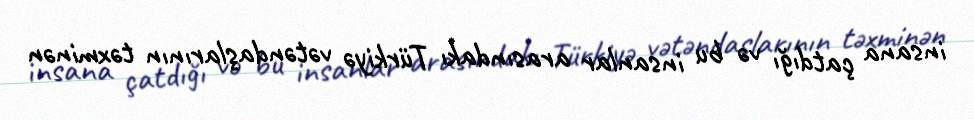
insana çatdığı və bu insanlar arasındakı Türkiyə vətəndaşlarının təxminən